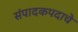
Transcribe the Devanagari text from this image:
संपादकपदाचे